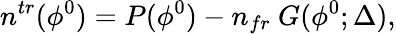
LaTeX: n^{tr}(\phi^{0})=P(\phi^{0})-n_{fr}~G(\phi^{0};\Delta),